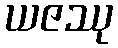
ယဇဿု